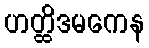
ဟတ္ထိဒမကေန